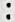
: